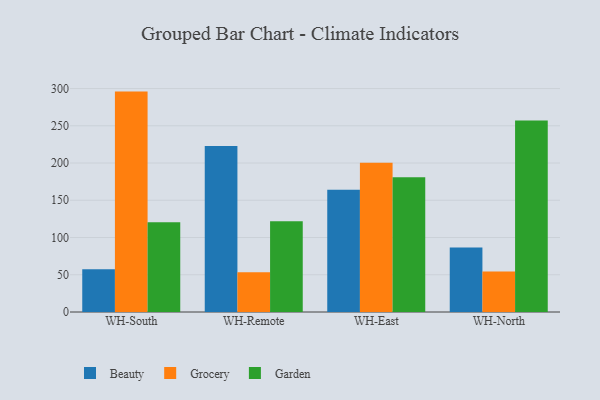
{"axis": {"x": "Warehouse", "y": "Inventory Turnover"}, "legend": ["Beauty", "Garden", "Grocery"], "data": [{"x": "WH-South", "y": 57.4, "type": "Beauty"}, {"x": "WH-South", "y": 295.9, "type": "Grocery"}, {"x": "WH-South", "y": 120.4, "type": "Garden"}, {"x": "WH-Remote", "y": 222.7, "type": "Beauty"}, {"x": "WH-Remote", "y": 53.5, "type": "Grocery"}, {"x": "WH-Remote", "y": 122.0, "type": "Garden"}, {"x": "WH-East", "y": 164.0, "type": "Beauty"}, {"x": "WH-East", "y": 200.3, "type": "Grocery"}, {"x": "WH-East", "y": 181.0, "type": "Garden"}, {"x": "WH-North", "y": 86.7, "type": "Beauty"}, {"x": "WH-North", "y": 54.5, "type": "Grocery"}, {"x": "WH-North", "y": 257.0, "type": "Garden"}]}